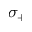
\sigma _ { + }